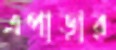
এপাড়ার